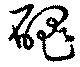
嵬